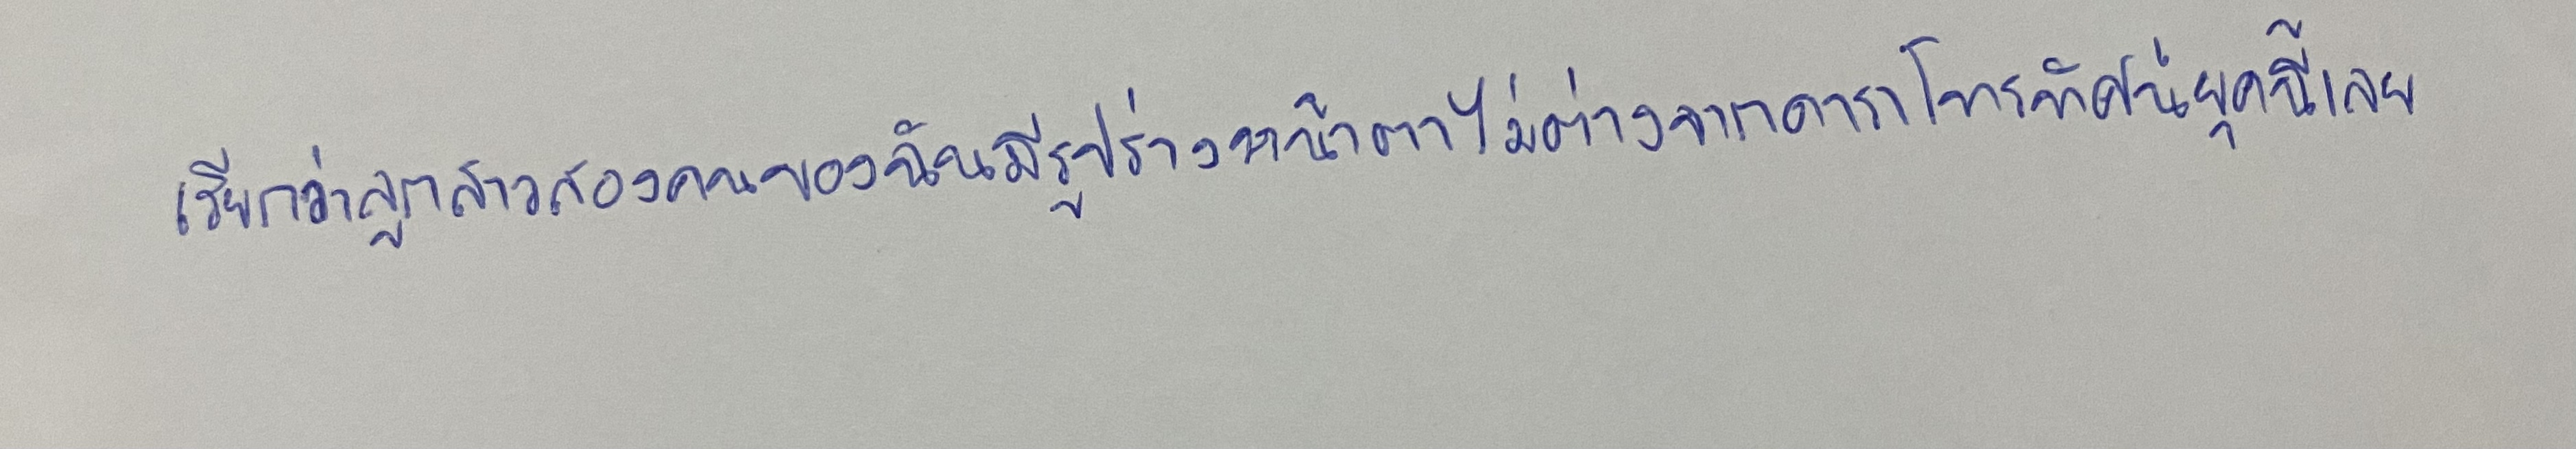
เรียกว่าลูกสาวสองคนของฉันมีรูปร่างหน้าตาไม่ต่างจากดาราโทรทัศน์ยุคนี้เลย